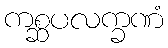
ကစ္ဆပလက္ခဏံ